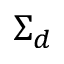
\Sigma _ { d }